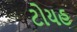
ટોયહ